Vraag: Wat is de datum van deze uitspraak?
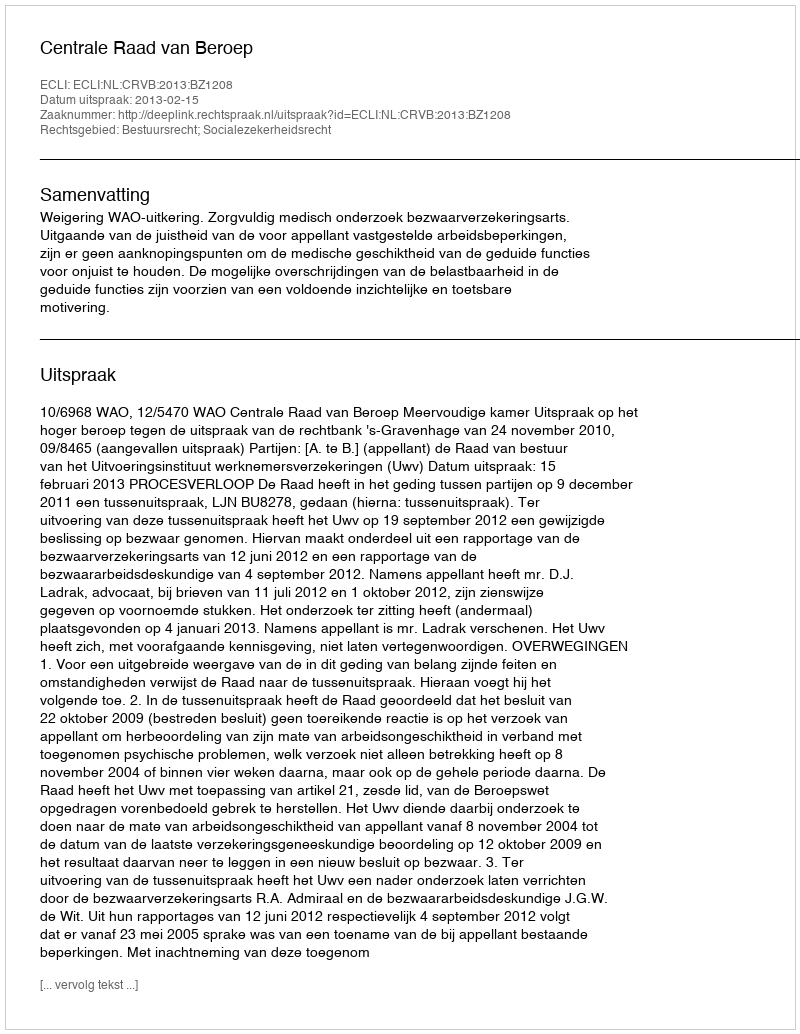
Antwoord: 2013-02-15